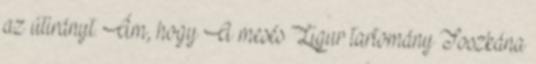
az útirányt. Ám, hogy A mesés Ligur tartomány Toszkána